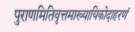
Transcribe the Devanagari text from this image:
पुराणमितिवृत्तमाख्यायिकोदाहरणं